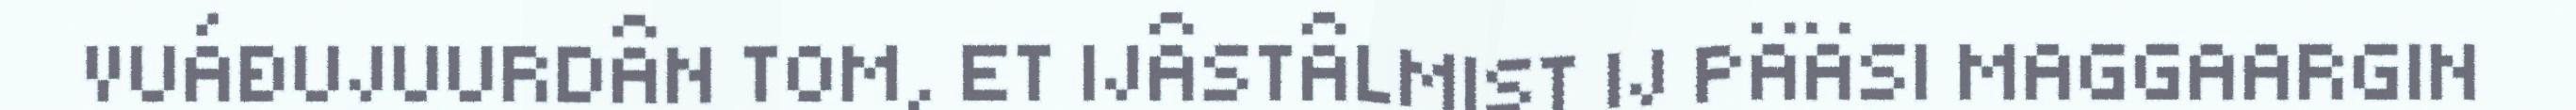
VUÁĐUJUURDÂN TOM, ET IJÂSTÂLMIST IJ PÄÄSI MAGGAARGIN